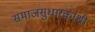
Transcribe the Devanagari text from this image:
समाजसुधारकांशी